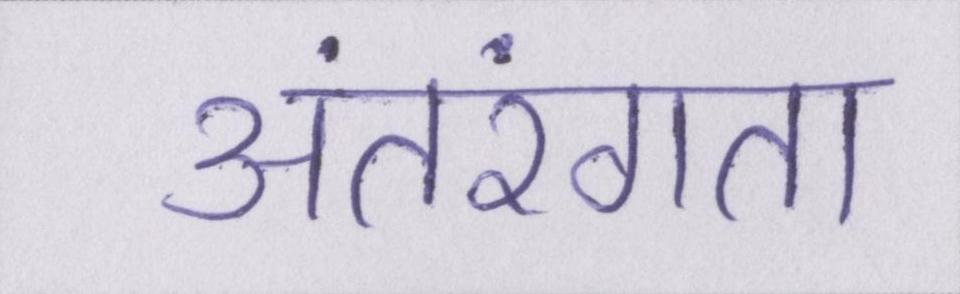
अंतरंगता